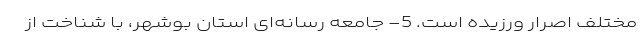
مختلف اصرار ورزیده است. 5- جامعه رسانه‌ای استان بوشهر، با شناخت از